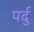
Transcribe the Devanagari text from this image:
पर्दु